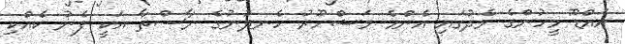
އައްޑޫ މީހުންގެ މެދުގައި އެންމެ މަޝްހޫރު ހެނދުނުގެ ނާސްތާ އަކީ ފެނު ކެއްކި